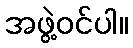
အဖွဲ့ဝင်ပါ။